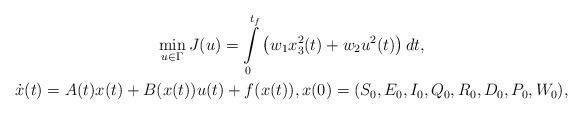
LaTeX: \begin{align*} \begin{gathered}\min\limits_{u\in\Gamma}J(u)=\int\limits_{0}^{t_f} \left( w_1 x_3^2(t)+ w_2 u^2(t)\right) dt,\\\dot{x}(t)=A(t) x(t)+B(x(t))u(t)+f(x(t)),x(0)=(S_0,E_0,I_0,Q_0,R_0,D_0,P_0,W_0),\end{gathered}\end{align*}